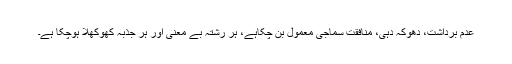
عدم برداشت، دھوکہ دہی، منافقت سماجی معمول بن چکاہے، ہر رشتہ بے معنی اور ہر جذبہ کھوکھلا ہوچکا ہے۔